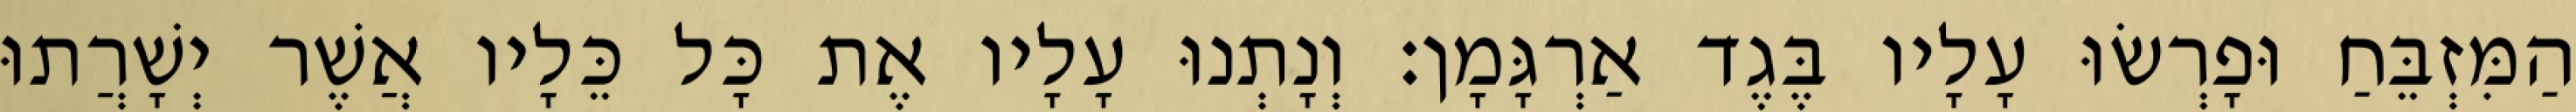
הַמִּזְבֵּחַ וּפָרְשׂוּ עָלָיו בֶּגֶד אַרְגָּמָן׃ וְנָתְנוּ עָלָיו אֶת כָּל כֵּלָיו אֲשֶׁר יְשָׁרֲתוּ